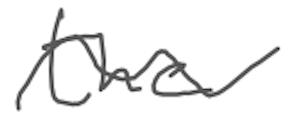
Text: the
Cross-out: wave
Writing tool: digital_gray